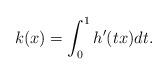
LaTeX: \begin{align*}k(x) = \int_0^1 h'(tx) dt.\end{align*}